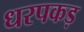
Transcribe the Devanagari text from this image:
धरपकड़